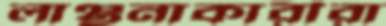
লাঞ্ছনাকারীরা